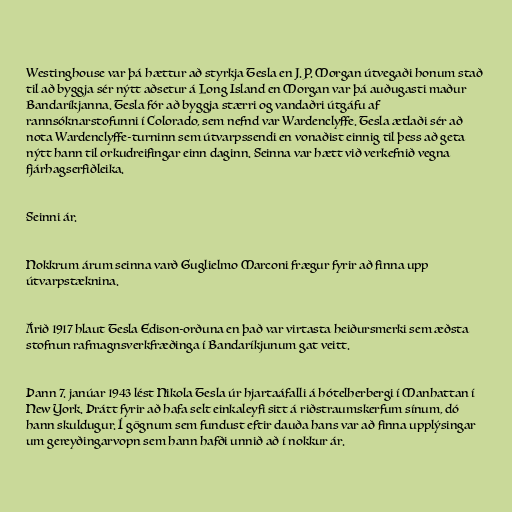
Westinghouse var þá hættur að styrkja Tesla en J. P. Morgan útvegaði honum stað
til að byggja sér nýtt aðsetur á Long Island en Morgan var þá auðugasti maður
Bandaríkjanna. Tesla fór að byggja stærri og vandaðri útgáfu af
rannsóknarstofunni í Colorado, sem nefnd var Wardenclyffe. Tesla ætlaði sér að
nota Wardenclyffe-turninn sem útvarpssendi en vonaðist einnig til þess að geta
nýtt hann til orkudreifingar einn daginn. Seinna var hætt við verkefnið vegna
fjárhagserfiðleika.

Seinni ár.

Nokkrum árum seinna varð Guglielmo Marconi frægur fyrir að finna upp
útvarpstæknina.

Árið 1917 hlaut Tesla Edison-orðuna en það var virtasta heiðursmerki sem æðsta
stofnun rafmagnsverkfræðinga í Bandaríkjunum gat veitt.

Þann 7. janúar 1943 lést Nikola Tesla úr hjartaáfalli á hótelherbergi í Manhattan í
New York. Þrátt fyrir að hafa selt einkaleyfi sitt á riðstraumskerfum sínum, dó
hann skuldugur. Í gögnum sem fundust eftir dauða hans var að finna upplýsingar
um gereyðingarvopn sem hann hafði unnið að í nokkur ár.